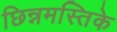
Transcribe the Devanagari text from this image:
छिन्नमस्तिके